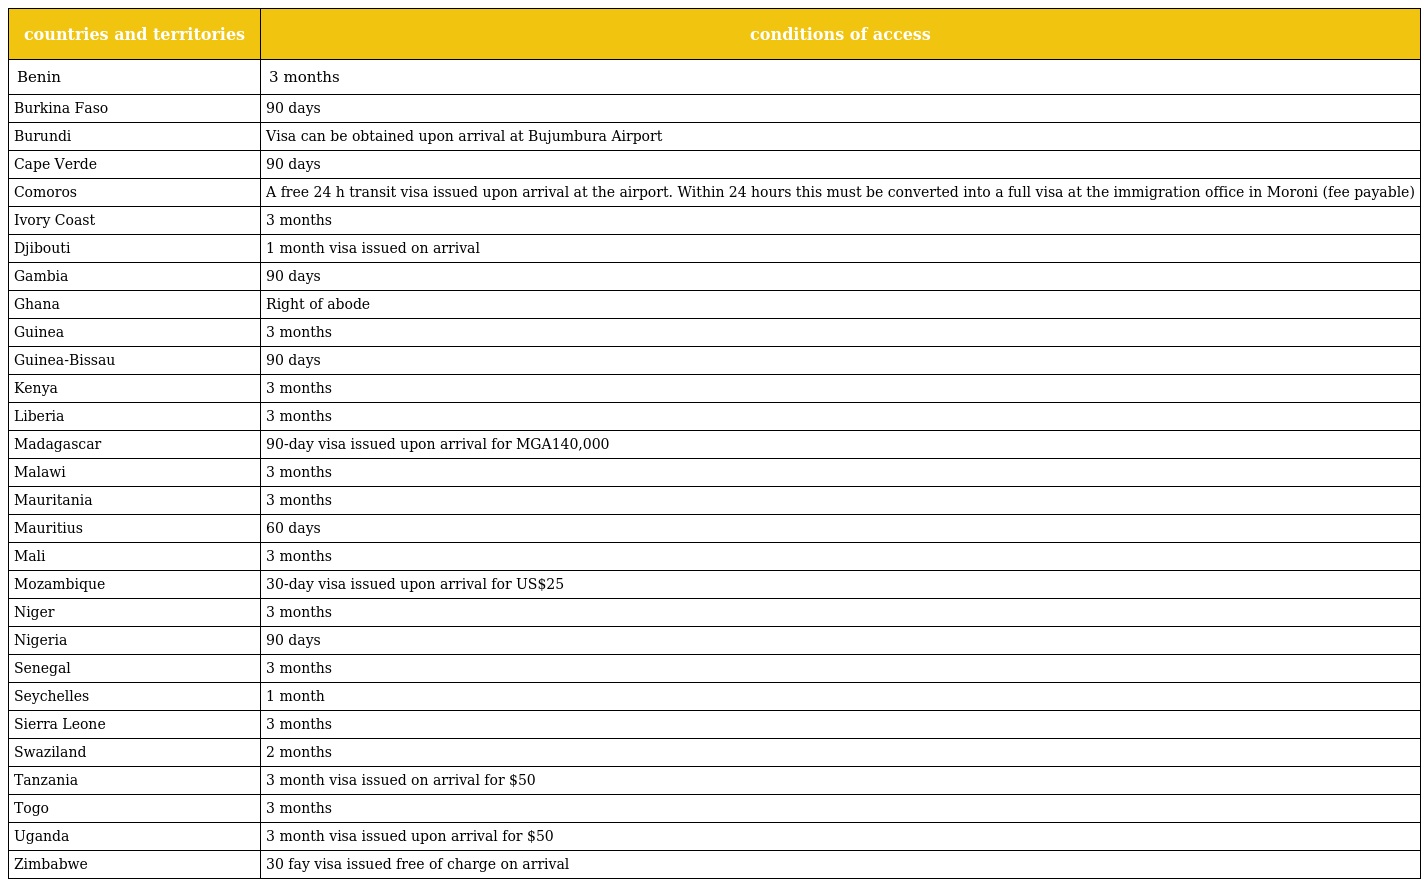
| countries and territories | conditions of access |
 | --- | --- |
 | Benin | 3 months |
 | Burkina Faso | 90 days |
 | Burundi | Visa can be obtained upon arrival at Bujumbura Airport |
 | Cape Verde | 90 days |
 | Comoros | A free 24 h transit visa issued upon arrival at the airport. Within 24 hours this must be converted into a full visa at the immigration office in Moroni (fee payable) |
 | Ivory Coast | 3 months |
 | Djibouti | 1 month visa issued on arrival |
 | Gambia | 90 days |
 | Ghana | Right of abode |
 | Guinea | 3 months |
 | Guinea-Bissau | 90 days |
 | Kenya | 3 months |
 | Liberia | 3 months |
 | Madagascar | 90-day visa issued upon arrival for MGA140,000 |
 | Malawi | 3 months |
 | Mauritania | 3 months |
 | Mauritius | 60 days |
 | Mali | 3 months |
 | Mozambique | 30-day visa issued upon arrival for US$25 |
 | Niger | 3 months |
 | Nigeria | 90 days |
 | Senegal | 3 months |
 | Seychelles | 1 month |
 | Sierra Leone | 3 months |
 | Swaziland | 2 months |
 | Tanzania | 3 month visa issued on arrival for $50 |
 | Togo | 3 months |
 | Uganda | 3 month visa issued upon arrival for $50 |
 | Zimbabwe | 30 fay visa issued free of charge on arrival |